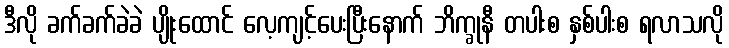
ဒီလို ခက်ခက်ခဲခဲ ပျိုးထောင် လေ့ကျင့်ပေးပြီးနောက် ဘိက္ခုနီ တပါးစ နှစ်ပါးစ ရလာသလို